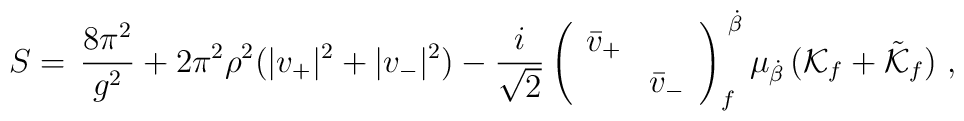
S=\,{8\pi^2\over g^2} +2\pi^2\rho^2(|v_+|^2+|v_-|^2)-{i\over \sqrt{2}} \left(\begin{array}{llll}\bar{v}_+ &  \\& \bar{v}_-\end{array}\right)_{f}^{\,\,\dot\beta}\mu_{\dot\beta}\, ({\cal K}_f+\tilde{\cal K}_f) \ ,